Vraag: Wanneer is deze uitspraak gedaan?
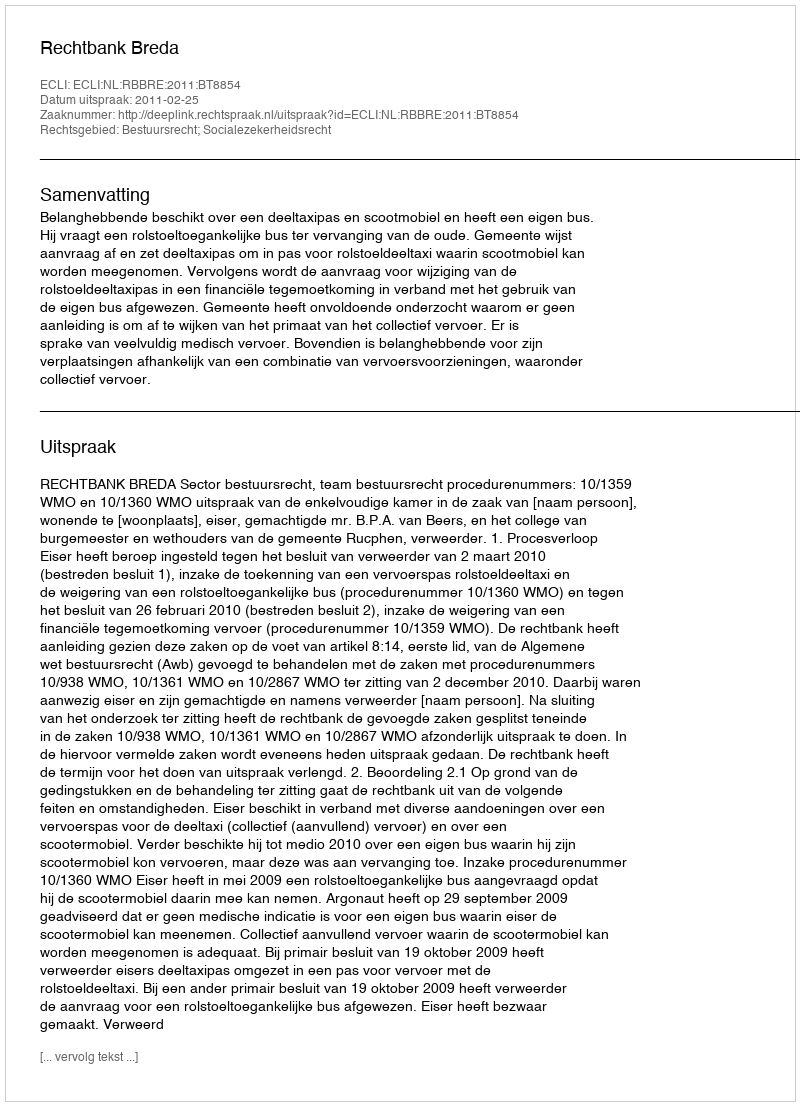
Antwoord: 2011-02-25